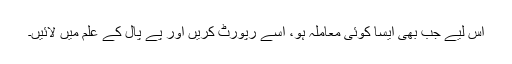
اس لیے جب بھی ایسا کوئی معاملہ ہو، اسے رپورٹ کریں اور پے پال کے علم میں لائیں۔